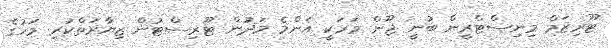
ޓޫރިޒަމް މިނިސްޓްރީން ބުނީ ޖޫން މަހަކީ އެންމެ މަދުން ޓޫރިސްޓުން ޒިޔާރަތްކުރި މަހުގެ